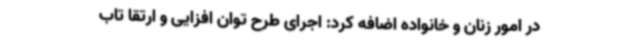
در امور زنان و خانواده اضافه کرد: اجرای طرح توان افزایی و ارتقا تاب